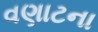
વણાટના